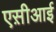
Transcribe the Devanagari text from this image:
एस़ीआई